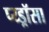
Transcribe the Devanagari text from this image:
प्य्ड्रॉसा